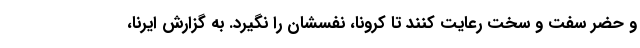
و حضر سفت و سخت رعایت کنند تا کرونا، نفسشان را نگیرد. به گزارش ایرنا،